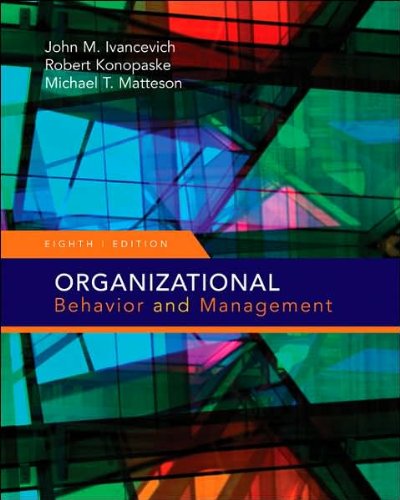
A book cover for Organizational Behavior and Management; John M. Ivancevich; Health, Fitness & Dieting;